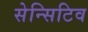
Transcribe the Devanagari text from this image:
सेन्सिटिव